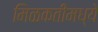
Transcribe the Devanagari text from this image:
मिळकतीमध्ये